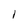
Character: I